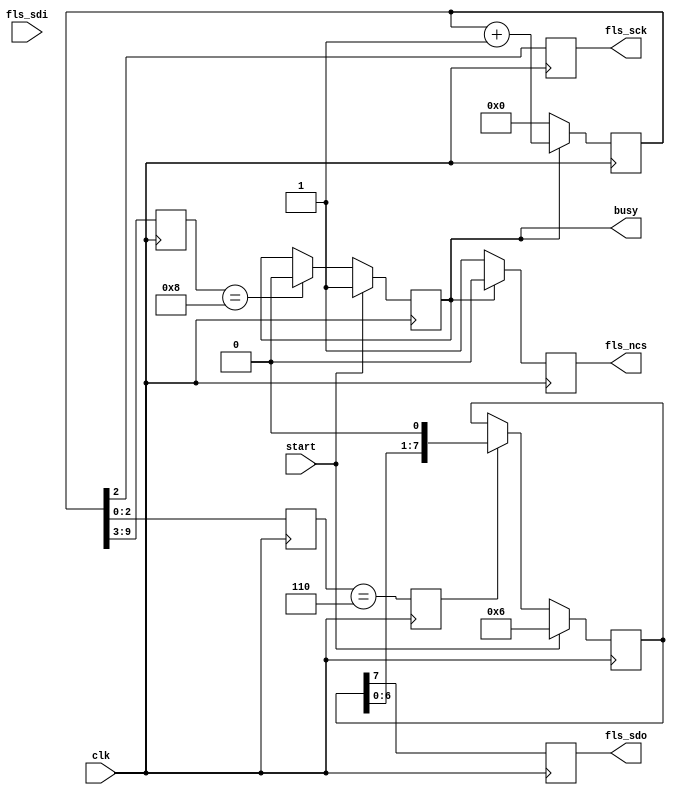
`timescale 1ns / 1ps
//////////////////////////////////////////////////////////////////////////////////
// Company: 
// Engineer: 
// 
// Design Name: 
// Module Name: flash_write_enable
// Project Name: 
// Target Devices: 
// Tool Versions: 
// Description: 
// 
// Dependencies: 
// 
// Revision:
// Revision 0.01 - File Created
// Additional Comments:
// 
//////////////////////////////////////////////////////////////////////////////////

module flash_write_enable
(
    input   wire    clk,
    
    // SPI
    output  reg     fls_sck,
    output  reg     fls_ncs,
    output  reg     fls_sdo,
    input   wire    fls_sdi,

    input   wire    start,
    output  reg     busy
);

reg [9:0] cnt;
reg [6:0] cycle_cnt; 
reg [2:0] phase_cnt;
reg [7:0] tx_reg;
reg sft_wen;
reg byte_flag;

initial
begin
    cnt = 0;
    tx_reg = 0;
    busy = 0;
end

// 
always@(posedge clk)
begin
    if(busy)
        cnt <= cnt + 1;
    else
        cnt <= 0;
end

// 
always@(posedge clk)
begin
    cycle_cnt <= cnt[9:3];
end

// 
always@(posedge clk)
begin
    phase_cnt <= cnt[2:0];
end

// SPI
always@(posedge clk)
begin
    fls_sck <= cnt[2];
end

// SPI
always@(posedge clk)
begin
    if(busy)
        fls_ncs <= 0;
    else
        fls_ncs <= 1;
end

// 
always@(posedge clk)
begin
    if(start)
        tx_reg <= {8'h06}; // 
    else if(sft_wen)
        tx_reg <= {tx_reg[6:0],1'b0};
end

// (sck).
always@(posedge clk)
begin
    sft_wen <= (phase_cnt == 6);
end

// 1byte
always@(posedge clk)
begin
    byte_flag <= (cycle_cnt[2:0] == 7) && (phase_cnt == 5);
end

// sdo
always@(posedge clk)
begin
    fls_sdo <= tx_reg[7];
end

// busy
always@(posedge clk)
begin
    if(start)
        busy <= 1;
    else if(cycle_cnt == 8)
        busy <= 0;
end

endmodule